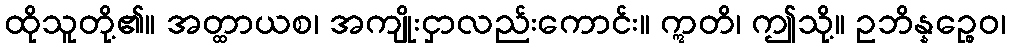
ထိုသူတို့၏။ အတ္ထာယစ၊ အကျိုးငှာလည်းကောင်း။ ဣတိ၊ ဤသို့။ ဥဘိန္နဉ္စေဝ၊